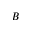
\boldsymbol { B }